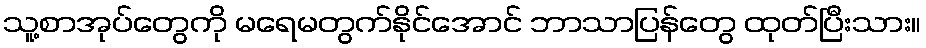
သူ့စာအုပ်တွေကို မရေမတွက်နိုင်အောင် ဘာသာပြန်တွေ ထုတ်ပြီးသား။